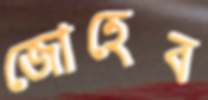
জোহেব